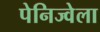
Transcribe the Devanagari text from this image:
पेनिज्वेला